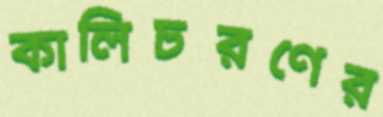
কালিচরণের